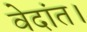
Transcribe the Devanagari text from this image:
वेदांत।